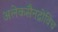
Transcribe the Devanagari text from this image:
अलेकसैनद्रोविच